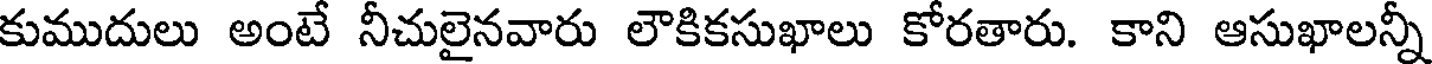
కుముదులు అంటే నీచులైనవారు లౌకికసుఖాలు కోరతారు. కాని ఆసుఖాలన్నీ